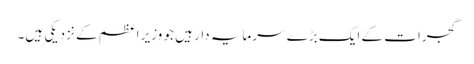
گجرات کے ایک بڑے سرمایہ دار ہیں جو وزیر اعظم کے نزدیکی ہیں۔